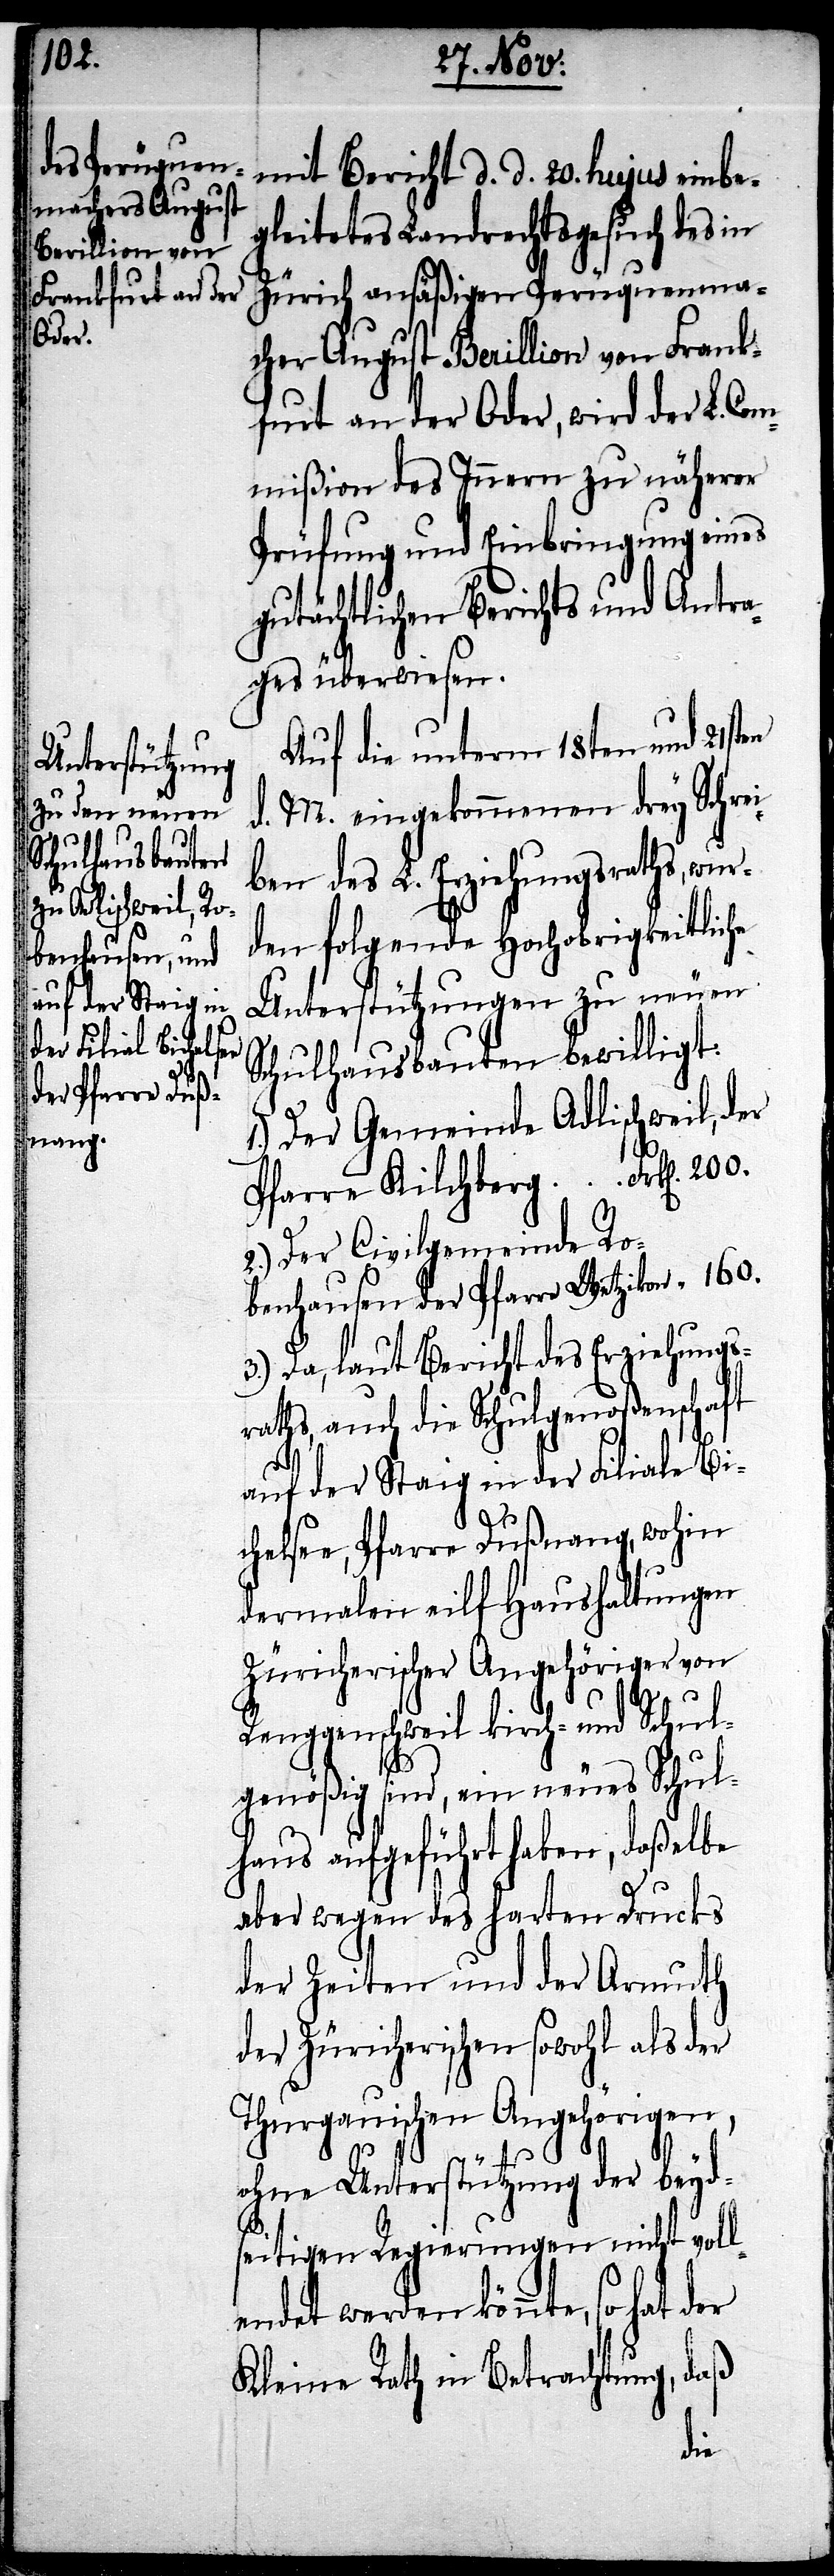
160.

mit Bericht d. d. 20. hujus einbe¬
gleitetes Landrechtsgesuch des in
Zürich ansäßigen Perüquenma¬
cher August Berillion von Frank¬
furt an der Oder, wird der L. Com¬
mißion des Innern zu näherer
Prüfung und Einbringung eines
gutächtlichen Berichts und Antra¬
ges überwiesen.
Auf die unterm 18ten und 21st¬
d. M. eingekommenen drey Schrei¬
ben des L. Erziehungsraths, wur¬
den folgende Hochobrigkeitliche
Unterstützungen zu neuen
Schulhausbauten bewilligt:
1.) Der Gemeinde Adlischweil, der
Pfarre Kilchberg 		Frk[en]. 200.
2.) Der Civilgemeinde Ro¬
benhausen der Pfarre Wetzikon 	 “
3.) Da, laut Bericht des Erziehungs¬
raths, auch die Schulgenoßenschaft
auf der Staig in der Filiale Bi¬
chelsee, Pfarre Dußnang, wohin
dermalen eilf Haushaltungen
Zürcherischer Angehöriger von
Renggenschweil kirch- und Schul¬
genößig sind, ein neues Schul¬
haus aufgeführt haben, daßelbe
aber wegen des harten Drucks
der Zeiten und der Armuth
der Zürcherischen sowohl als der
Thurgauischen Angehörigen,
ohne Unterstützung der beyd¬
seitigen Regierungen nicht voll¬
endet werden könnte, so hat der
Kleine Rath in Betrachtung, daß
en